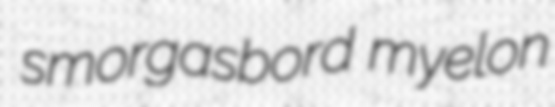
smorgasbord myelon